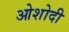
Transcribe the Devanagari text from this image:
ओशोदी